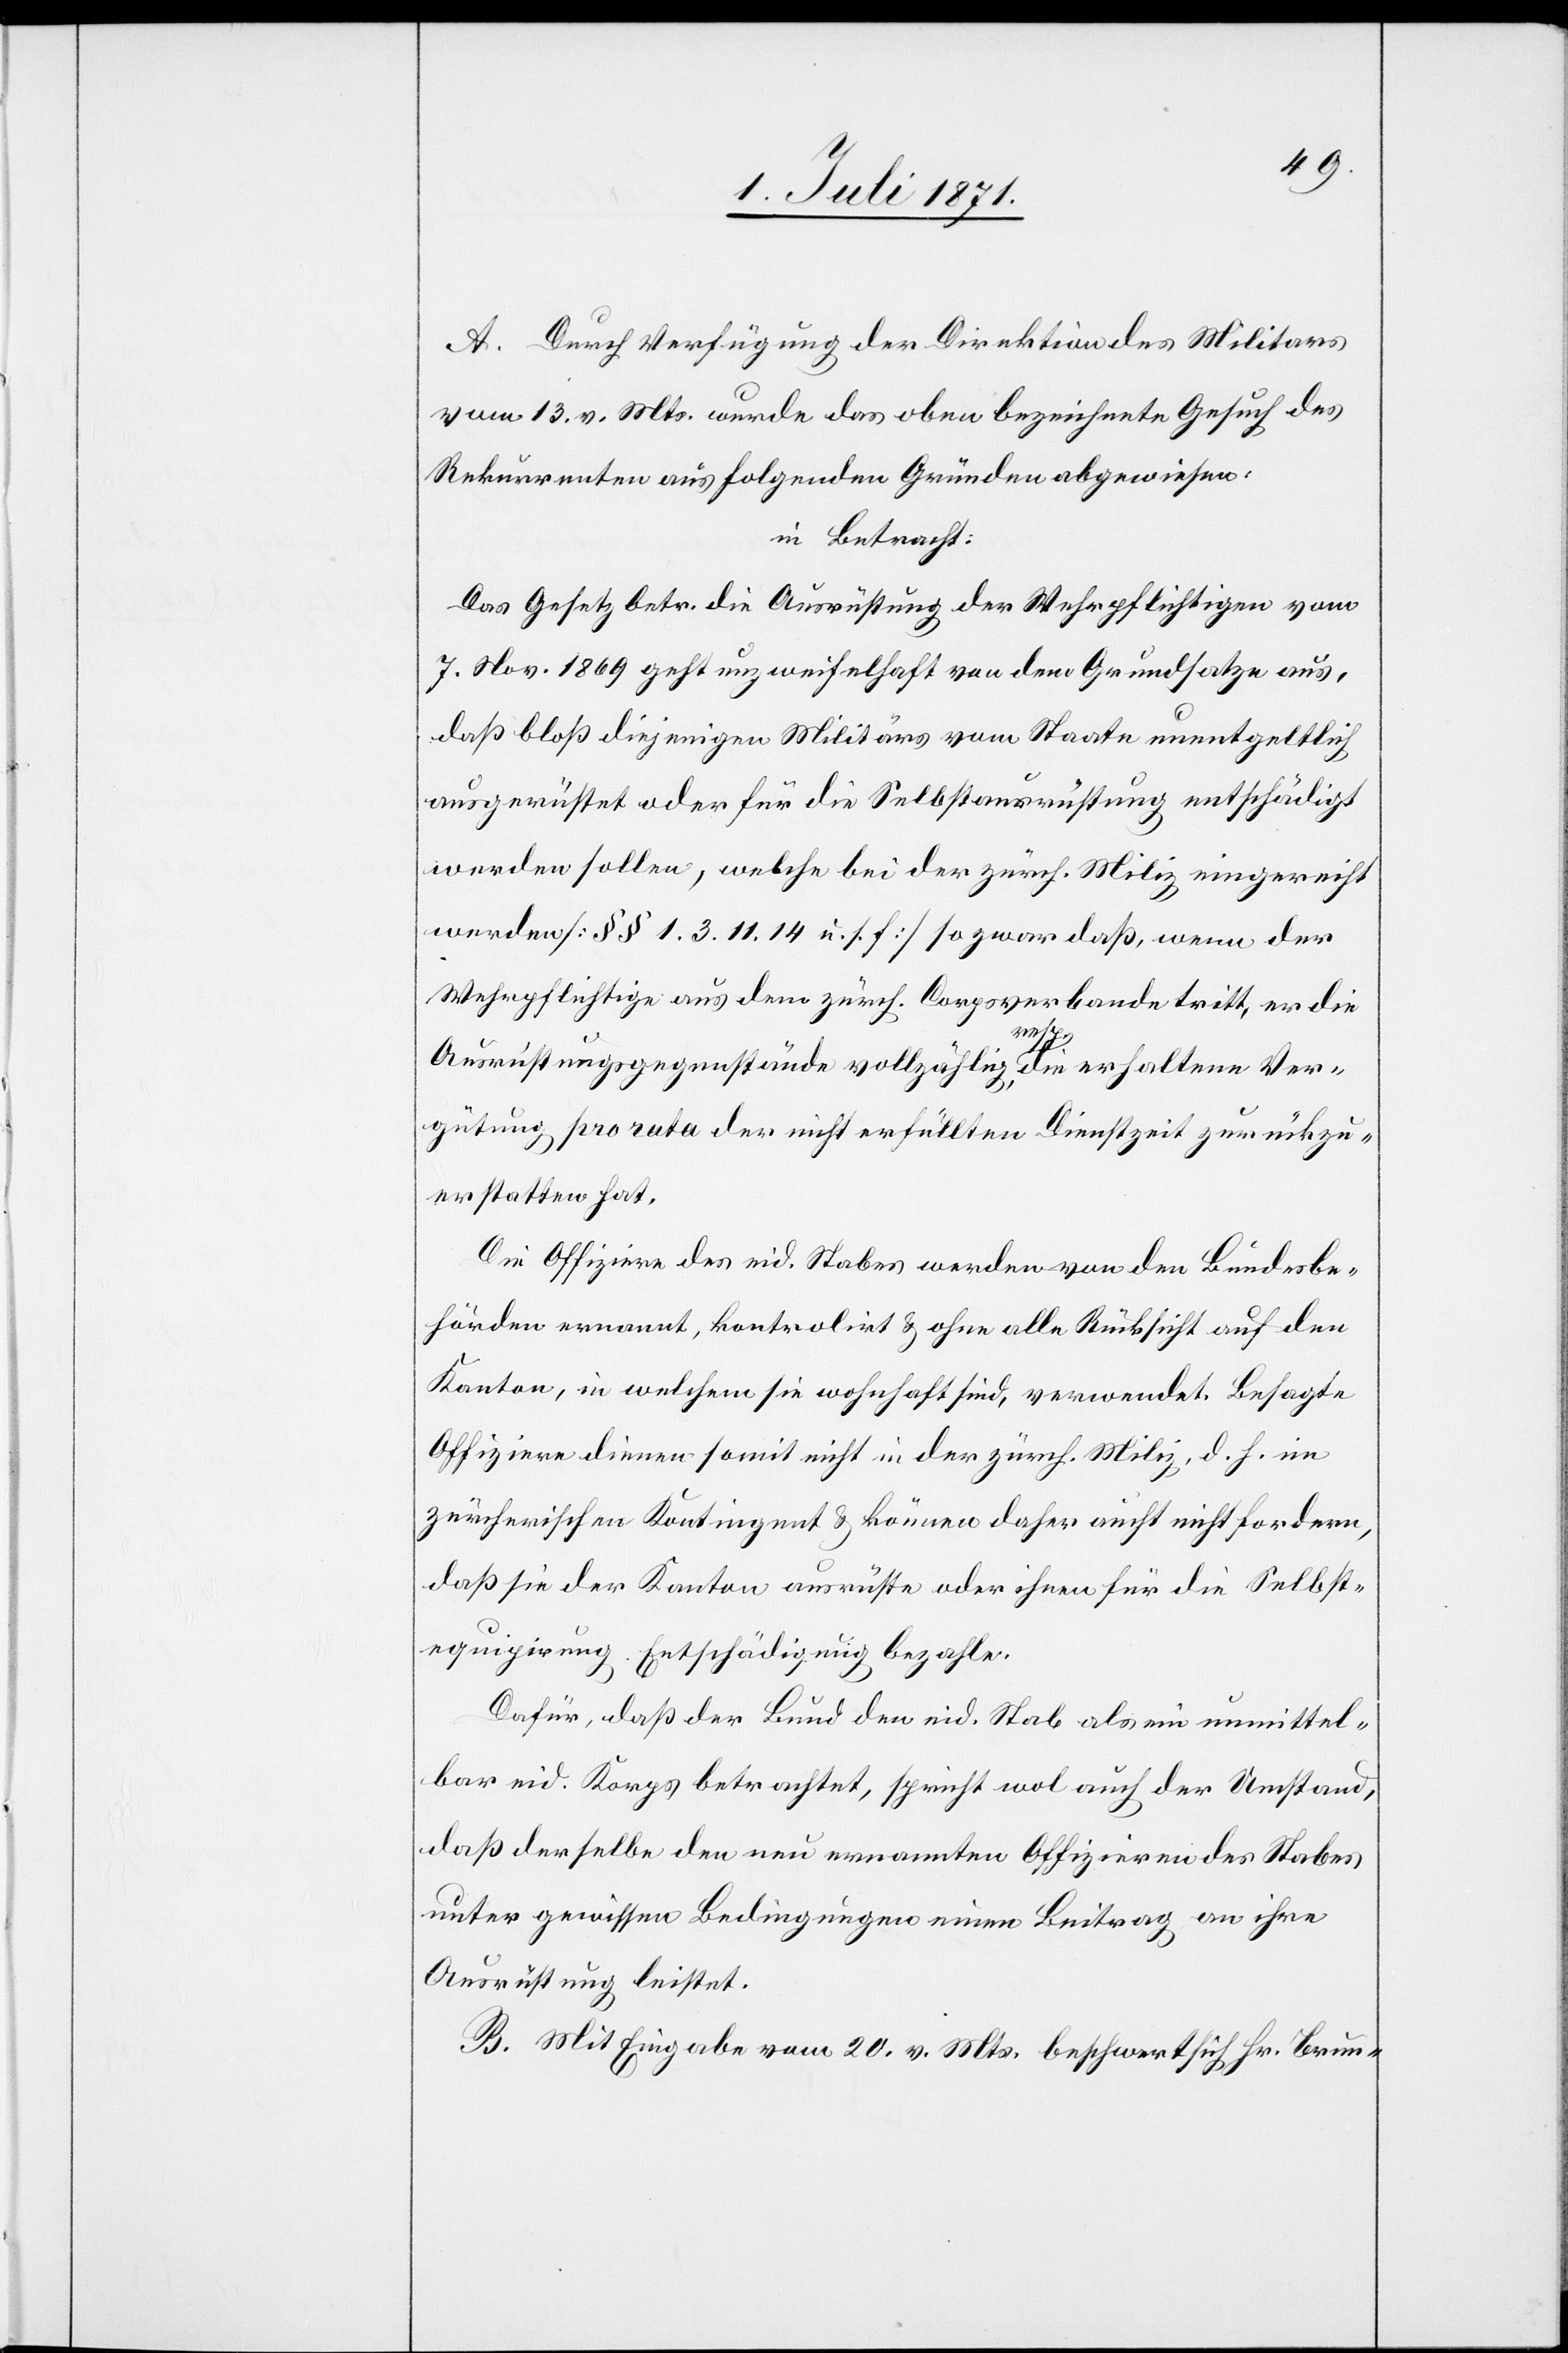
A. Durch Verfügung der Direktion des Militärs
vom 13. v. Mts. wurde das oben bezeichnete Gesuch des
Rekurrenten aus folgenden Gründen abgewiesen:
in Betracht:
Das Gesetz betr. die Ausrüstung der Wehrpflichtigen vom
7. Nov. 1869 geht unzweifelhaft von dem Grundsatze aus,
daß bloß diejenigen Militärs vom Staate unentgeltlich
ausgerüstet oder für die Selbstausrüstung entschädigt
werden sollen, welche bei der zürch. Miliz eingereicht
werden [§§ 1. 3. 11. 14 u. s. f.] so zwar daß, wenn der
Wehrpflichtige aus dem zürch. Corpsverbande tritt, er die
Ausrichtungsgegenstände vollzählig, resp. die erhaltene Ver¬
gütung pro rata der nicht erfüllten Dienstzeit zurückzu¬
erstatten hat.
Die Offiziere des eid. Stabes werden von den Bundesbe¬
hörden ernannt, kontrolirt u. ohne alle Rücksicht auf den
Kanton, in welchem sie wohnhaft sind, verwendet. Besagte
Offiziere dienen somit nicht in der zürch. Miliz, d. h. im
zürcherischen Kontingent u. können daher aucht [sic!] nicht fordern,
daß sie der Kanton ausrüste oder ihnen für die Selbst¬
equipirung Entschädigung bezahle.
Dafür, daß der Bund den eid. Stab als ein unmittel¬
bar eid. Korps betrachtet, spricht wol auch der Umstand,
daß derselbe den neu ernannten Offizieren des Stabes
unter gewissen Bedingungen einen Beitrag an ihre
Ausrüstung leistet.
B. Mit Eingabe vom 20. v. Mts. beschwert sich Hr. Brun-